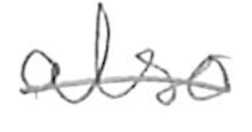
Text: also
Cross-out: single-line
Writing tool: pencil